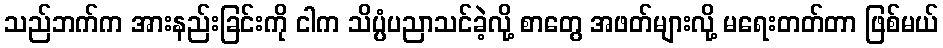
သည်ဘက်က အားနည်းခြင်းကို ငါက သိပ္ပံပညာသင်ခဲ့လို့ စာတွေ အဖတ်များလို့ မရေးတတ်တာ ဖြစ်မယ်